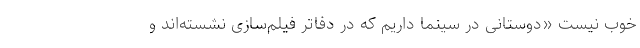
خوب نیست «دوستانی در سینما داریم که در دفاتر فیلم‌سازی نشسته‌اند و